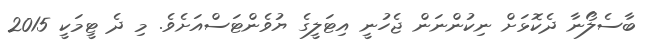
ބާސެލޯނާ ދެކޮޅަށް ނިކުންނަން ޖެހުނީ އިޓަލީގެ ޔުވެންޓަސްއަށެވެ. މި ދެ ޓީމަކީ 2015